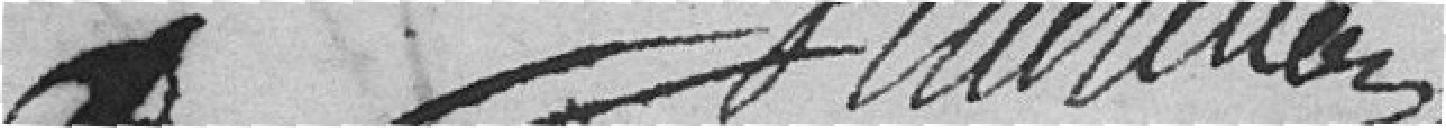
V????????????